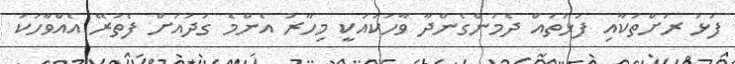
ފަޅު ރަށްތަކާއި ފަޅުތައް ދެމުންގެންދާ ވާހަކައަކީ މިހާރު އެންމެ ގަދައަށް ފެތުރޭ އެއްވާހަކަ